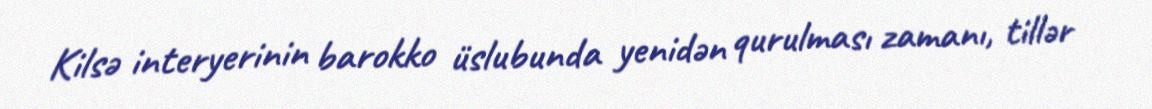
Kilsə interyerinin barokko üslubunda yenidən qurulması zamanı, tillər